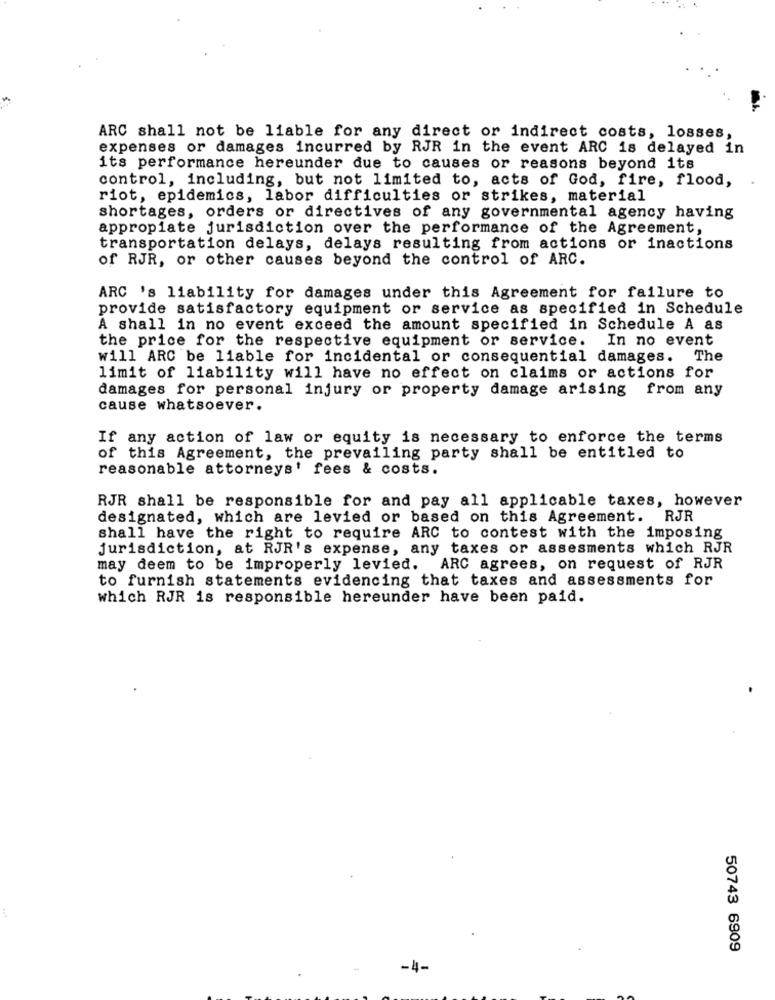
ARC shall not be liable for any direct or indirect costs, losses,
expenses or damages incurred by RJR in the event ARC is delayed in
its performance hereunder due to causes or reasons beyond its
control, including, but not limited to, acts of God, fire, flood,
riot, epidemics, labor difficulties or strikes, material
shortages, orders or directives of any governmental agency having
appropiate jurisdiction over the performance of the Agreement,
transportation delays, delays resulting from actions or inactions
of RJR, or other causes beyond the control of ARC.
ARC 's liability for damages under this Agreement for failure to
provide satisfactory equipment or service as specified in Schedule
A shall in no event exceed the amount specified in Schedule A as
the price for the respective equipment or service.
In no event
will ARC be liable for incidental or consequential damages. The
limit of liability will have no effect on claims or actions for
damages for personal injury or property damage arising from any
cause whatsoever.
If any action of law or equity is necessary to enforce the terms
of this Agreement, the prevailing party shall be entitled to
reasonable attorneys' fees & costs.
RJR shall be responsible for and pay all applicable taxes, however
designated, which are levied or based on this Agreement. RJR
shall have the right to require ARC to contest with the imposing
jurisdiction, at RJR's expense, any taxes or assesments which RJR
may deem to be improperly levied. ARC agrees, on request of RJR
to furnish statements evidencing that taxes and assessments for
which RJR is responsible hereunder have been paid.
50743 6909
-4-